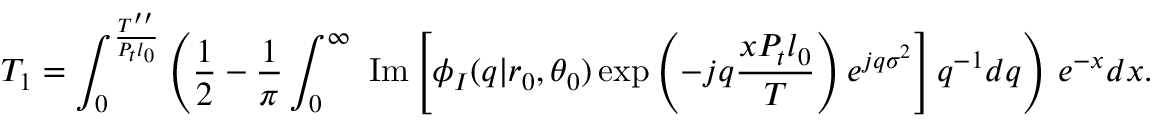
T _ { 1 } = \int _ { 0 } ^ { \frac { T ^ { \prime \prime } } { P _ { t } l _ { 0 } } } \left( \frac { 1 } { 2 } - \frac { 1 } { \pi } \int _ { 0 } ^ { \infty } \mathrm { \normalfont ~ I m } \left[ \phi _ { I } ( q | r _ { 0 } , \theta _ { 0 } ) \exp \left( - j q \frac { x P _ { t } l _ { 0 } } { T } \right) e ^ { j q \sigma ^ { 2 } } \right] q ^ { - 1 } d q \right) \, e ^ { - x } d x .